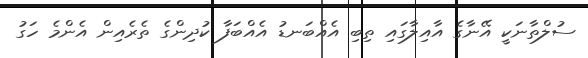
ސުލްތާނަކީ އޭނާގެ އާއިލާގައި ތިބި އެއްބަނޑު އެއްބަފާ ކުދިންގެ ތެރެއިން އެންމެ ހަގު